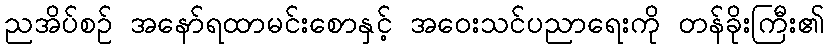
ညအိပ်စဉ် အနော်ရထာမင်းစောနှင့် အဝေးသင်ပညာရေးကို တန်ခိုးကြီး၏